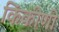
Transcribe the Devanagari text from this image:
किंकीणी